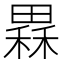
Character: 𤳂